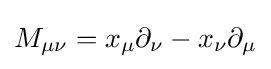
M_{\mu \nu }=x_{\mu }\partial _{\nu }-x_{\nu }\partial _{\mu }